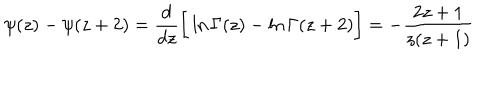
\psi ( z ) - \psi ( z + 2 ) = \frac { d } { d z } \bigg [ \ln \Gamma ( z ) - \ln \Gamma ( z + 2 ) \bigg ] = - \frac { 2 z + 1 } { z ( z + 1 ) }